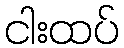
ငါးထပ်